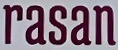
rasan